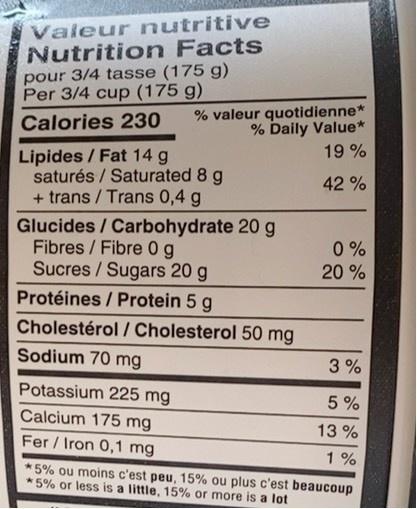
Valeur nutritive Nutrition Facts pour 3/4 tasse (175 g) Per 3/4 cup (175 g)
% valeur quotidienne* % Daily Value* 19 %
Calories 230
Lipides / Fat 14 g saturés / Saturated 8 g + trans / Trans 0,4 g Glucides / Carbohydrate 20 g Fibres / Fibre 0g Sucres / Sugars 20 g
42 %
0 % 20 %
Protéines / Protein 5 g
Cholestérol / Cholesterol 50 mg
Sodium 70 mg
3 %
Potassium 225 mg
5 %
Calcium 175 mg
13 %
Fer / Iron 0,1 mg
1 %
*5% ou moins c'est peu, 15% ou plus c'est beaucoup * 5% or less is a little, 15% or more is a lot